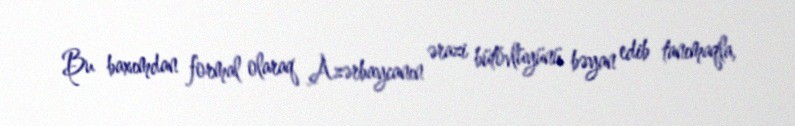
Bu baxımdan formal olaraq Azərbaycanın ərazi bütövlüyünü bəyan edib tanımaqla,